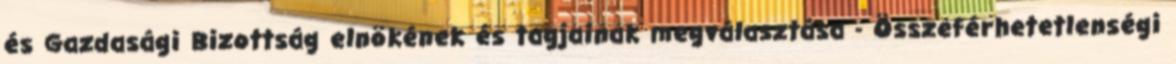
és Gazdasági Bizottság elnökének és tagjainak megválasztása - Összeférhetetlenségi